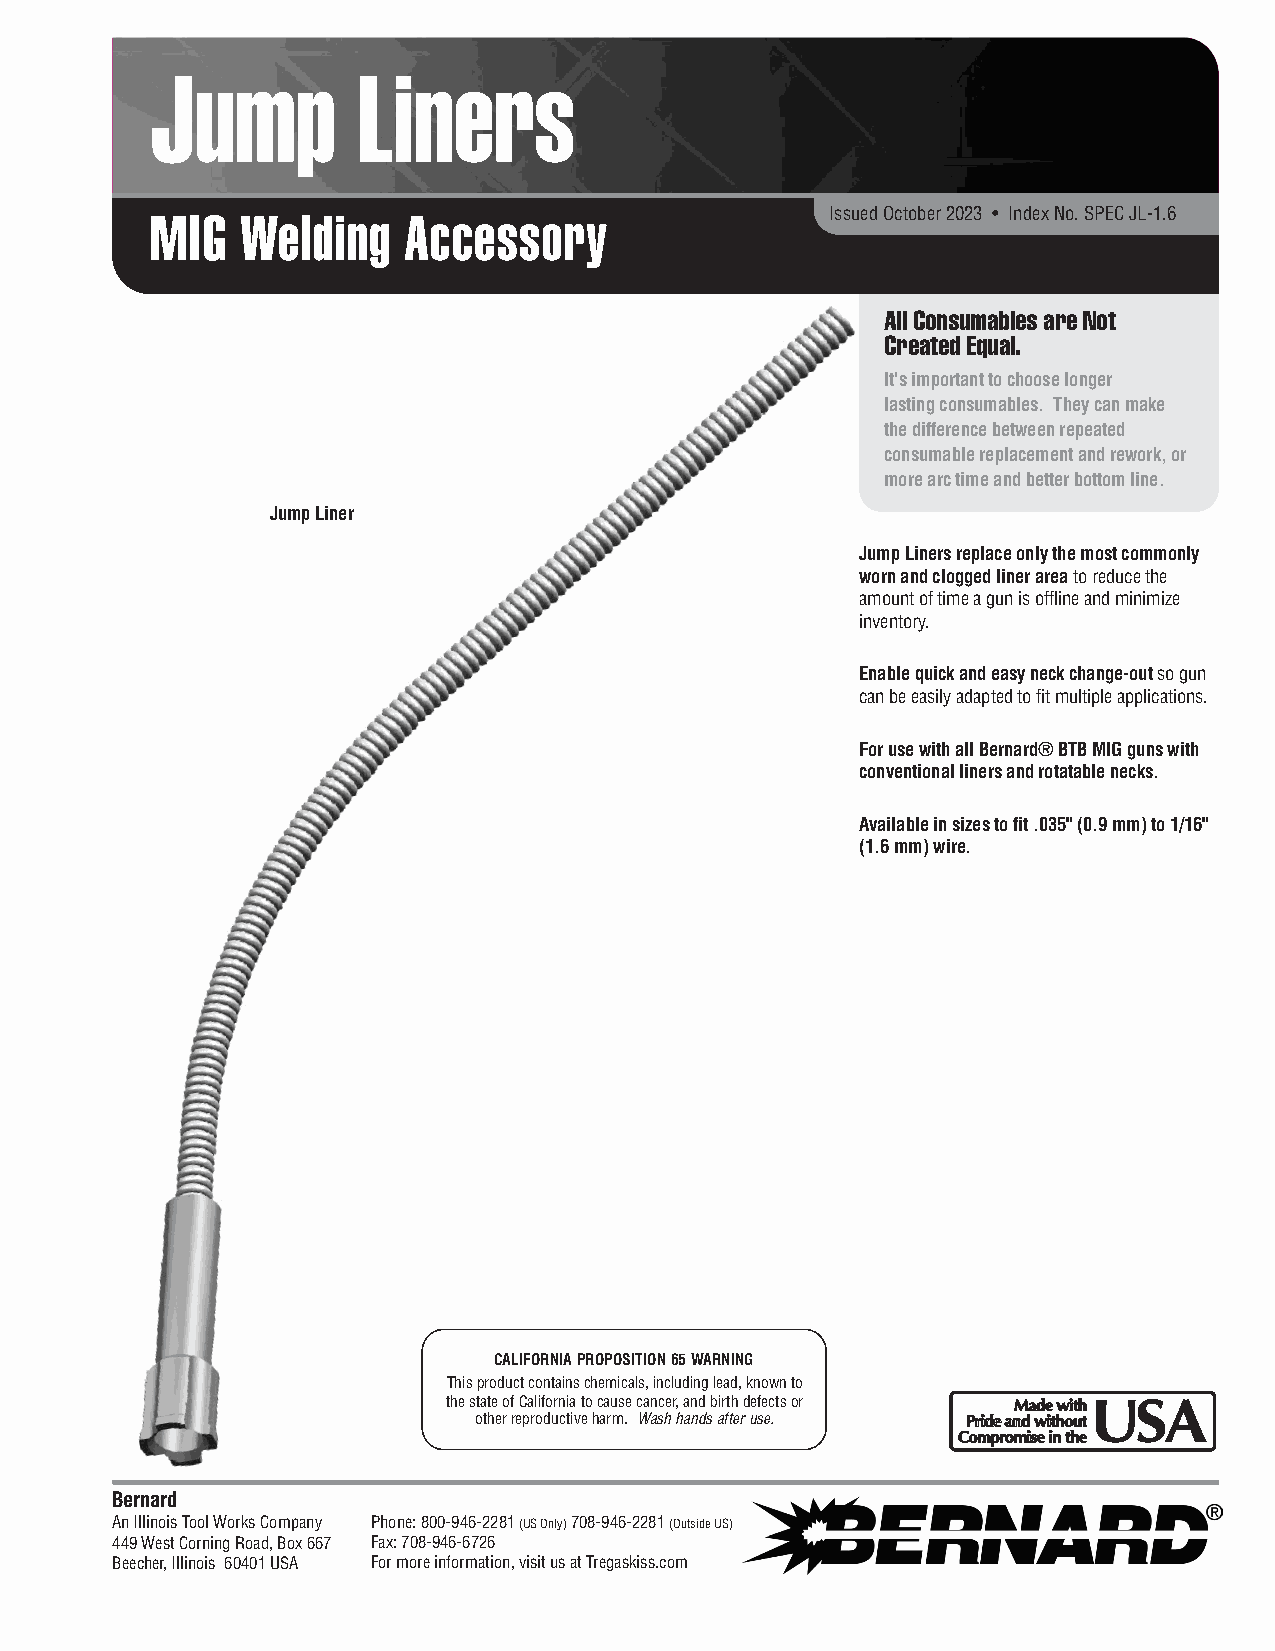
Jump          Liners
 Issued October 2023 • Index No. SPEC JL-1.6
 MIG   Welding    Accessory
 All Consumables are Not
 Created Equal.
 It's important to choose longer
 lasting consumables. They can make
 the difference between repeated
 consumable replacement and rework, or
 more arc time and better bottom line.
 Jump Liner
 Jump Liners replace only the most commonly
 worn and clogged liner area to reduce the
 amount of time a gun is offline and minimize
 inventory.
 Enable quick and easy neck change-out so gun
 can be easily adapted to fit multiple applications.
 For use with all Bernard® BTB MIG guns with
 conventional liners and rotatable necks.
 Available in sizes to fit .035" (0.9 mm) to 1/16"
 (1.6 mm) wire.
 CALIFORNIAPROPOSITION65WARNING
 Thisproductcontainschemicals,includinglead,knownto
 thestateofCaliforniatocausecancer,andbirthdefectsor MMaaddee wwiitthhUUSSAA
 otherreproductiveharm. Washhandsafteruse. PPrriiddee aanndd wwiitthhoouutt
 CCoommpprroommiissee iinn tthhee
 Bernard
 An Illinois Tool Works Company Phone: 800-946-2281 (US Only) 708-946-2281 (Outside US)
 449 West Corning Road, Box 667 Fax: 708-946-6726
 Beecher, Illinois 60401 USA For more information, visit us at Tregaskiss.com